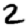
Digit: 2